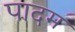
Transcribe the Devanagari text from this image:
पादम